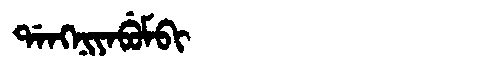
Manchu: ᡩᠠᠩᠨᡳᠶᠠᠪᡠᠮᠪᡳ
Romanization: DANGNIYABUMBI